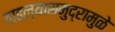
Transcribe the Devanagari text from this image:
वाढल्यासमुद्रामुळे